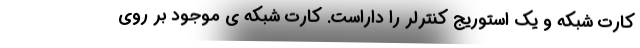
کارت شبکه و یک استوریج کنترلر را داراست. کارت شبکه ی موجود بر روی